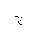
Letter: _gim